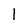
Character: l